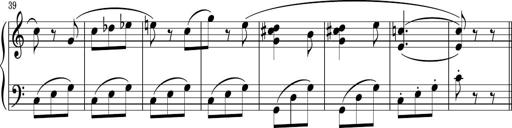
Title: Sonatina PandemÃ³nium
Composer: VÃ­ctor Carbajo
Key: C major